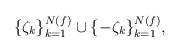
LaTeX: \begin{align*}\{\zeta_{k}\}_{k=1}^{N(f)}\cup\{-\zeta_{k}\}_{k=1}^{N(f)},\end{align*}